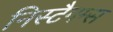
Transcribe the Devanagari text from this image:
निस्टैगम्स